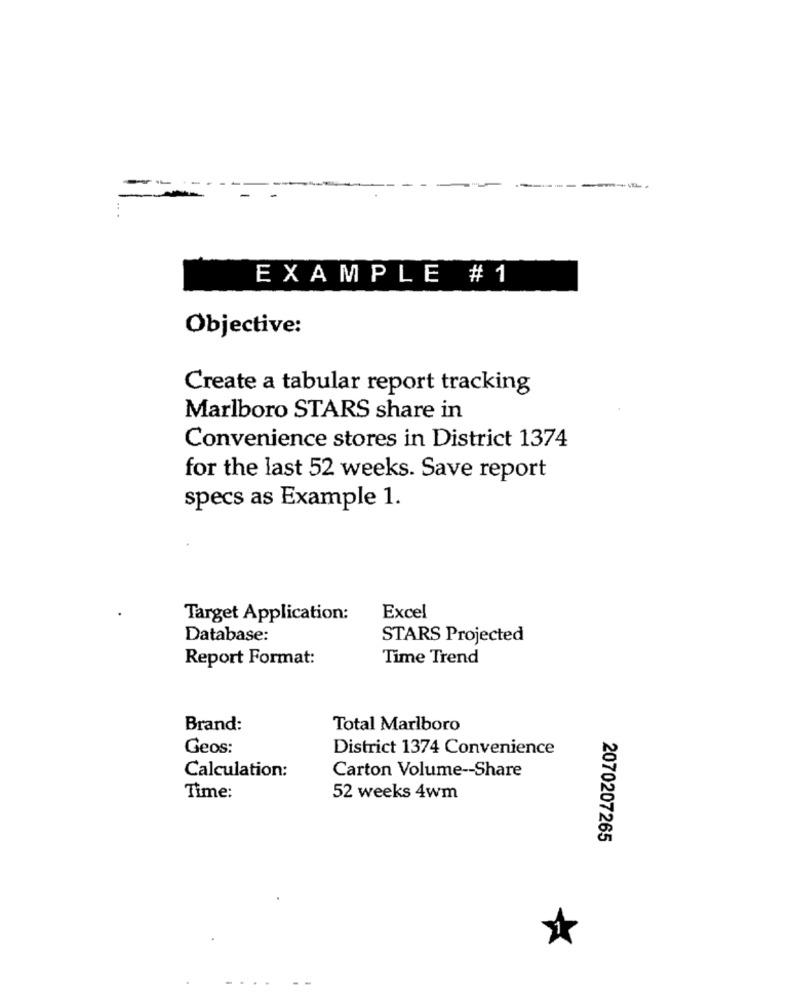
--
EXAMPLE # 1
Objective:
Create a tabular report tracking
Marlboro STARS share in
Convenience stores in District 1374
for the last 52 weeks. Save report
specs as Example 1.
Target Application:
Excel
Database:
STARS Projected
Report Format:
Time Trend
Brand:
Total Marlboro
Geos:
District 1374 Convenience
Calculation:
Carton Volume -- Share
Time:
52 weeks 4wm
2070207265